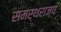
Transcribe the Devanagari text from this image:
समर्थराज्य